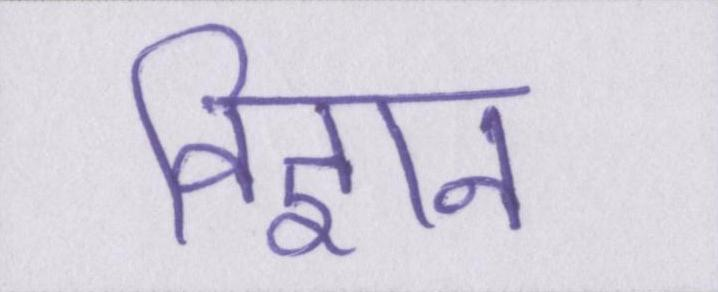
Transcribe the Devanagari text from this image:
विज्ञान